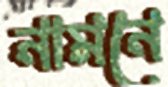
নামনে